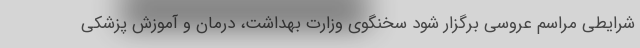
شرایطی مراسم عروسی برگزار شود سخنگوی وزارت بهداشت، درمان و آموزش پزشکی